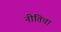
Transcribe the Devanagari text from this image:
नीतिचा